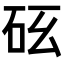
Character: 𥐺